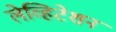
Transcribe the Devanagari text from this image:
लेव्हिटेशन